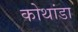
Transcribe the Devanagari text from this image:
कोथांडा